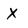
Character: X